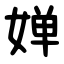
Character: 婵